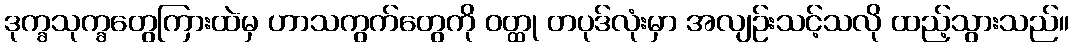
ဒုက္ခသုက္ခတွေကြားထဲမှ ဟာသကွက်တွေကို ဝတ္ထု တပုဒ်လုံးမှာ အလျဉ်းသင့်သလို ထည့်သွားသည်။